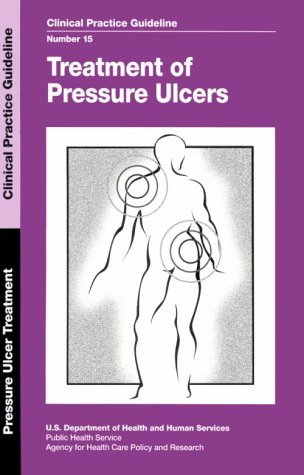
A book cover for Treatment of Pressure Ulcers (Guideline technical report); Nancy, Ph.D. Bergstrom; Health, Fitness & Dieting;